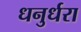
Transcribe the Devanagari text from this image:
धनुर्धरा